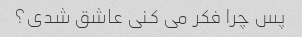
پس چرا فکر می کنی عاشق شدی؟